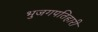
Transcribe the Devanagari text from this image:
भुजगपतिहारी